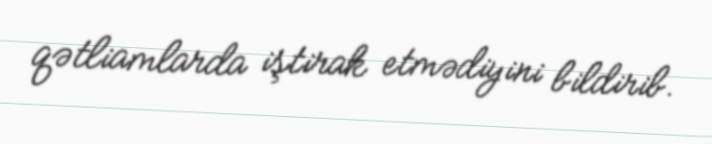
qətliamlarda iştirak etmədiyini bildirib.